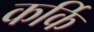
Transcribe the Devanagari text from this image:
कर्कि